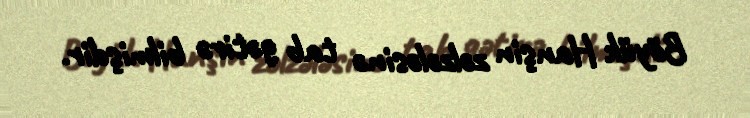
Böyük Hanşin zəlzələsinə tab gətirə bilmişdir.